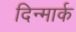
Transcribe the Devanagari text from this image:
दिन्मार्क